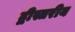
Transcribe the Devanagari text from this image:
द्वीस्तरीय